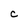
Character: C